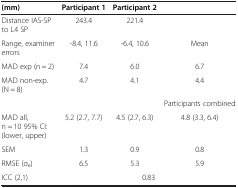
| (mm) | Participant 1 | Participant 2 |  |
 | --- | --- | --- | --- |
 | Distance IAS-SP to L4 SP | 243.4 | 221.4 |  |
 | Range, examiner errors | -8.4, 11.6 | -6.4, 10.6 | Mean |
 | MAD exp (n = 2) | 7.4 | 6.0 | 6.7 |
 | MAD non-exp. (N = 8) | 4.7 | 4.1 | 4.4 |
 | <COLSPAN=3>  | Participants combined |
 | MAD all, n = 10 95% CI: (lower, upper) | 5.2 (2.7, 7.7) | 4.5 (2.7, 6.3) | 4.8 (3.3, 6.4) |
 | SEM | 1.3 | 0.9 | 0.8 |
 | RMSE (σe) | 6.5 | 5.3 | 5.9 |
 | ICC (2,1) | <COLSPAN=3> 0.83 |